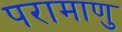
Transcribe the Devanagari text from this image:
परामाणु